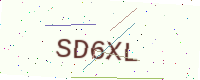
Text: SD6XL